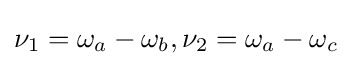
\nu _{1}=\omega _{a}-\omega _{b},\nu _{2}=\omega _{a}-\omega _{c}